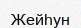
Жейһун